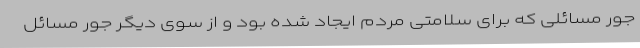
جور مسائلی که برای سلامتی مردم ایجاد شده بود و از سوی دیگر جور مسائل